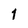
Character: 1